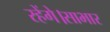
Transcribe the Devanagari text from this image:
रहेंगे।साभार